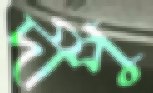
দীপু